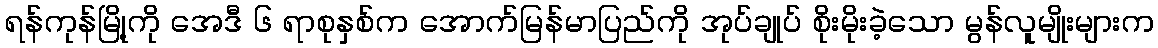
ရန်ကုန်မြို့ကို အေဒီ ၆ ရာစုနှစ်က အောက်မြန်မာပြည်ကို အုပ်ချုပ် စိုးမိုးခဲ့သော မွန်လူမျိုးများက